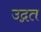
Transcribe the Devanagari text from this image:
उद्गत